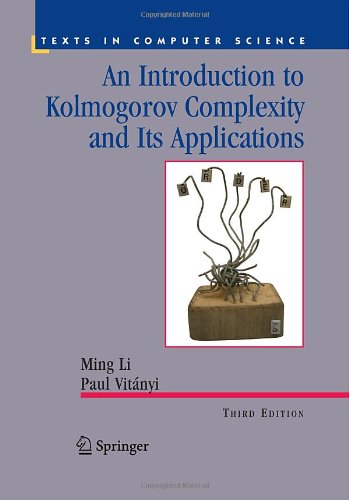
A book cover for An Introduction to Kolmogorov Complexity and Its Applications (Texts in Computer Science); Ming Li; Computers & Technology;